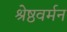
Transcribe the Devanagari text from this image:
श्रेष्ठवर्मन